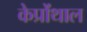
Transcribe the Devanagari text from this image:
केप्रोंथाल